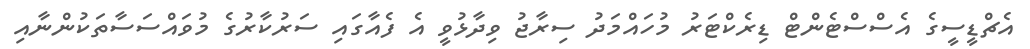
އެޗްޑީސީގެ އެސްސްޓެންޓް ޑިރެކްޓަރު މުހައްމަދު ސިރާޖު ވިދާޅުވީ އެ ފެއާގައި ސަރުކާރުގެ މުވައްސަސާތަކުންނާއި